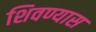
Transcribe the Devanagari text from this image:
शिवण्यास